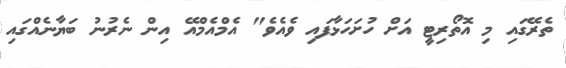
ތެެރޭގައި މި އޮތޯރިޓީ އަށް ހުށަހަޅާފައި ވެއެވެ" އެމްއެމްއޭ އިން ނެރުނު ބަޔާނެއްގައި